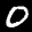
Label: 0